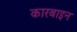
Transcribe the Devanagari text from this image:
कारबाइन